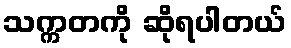
သက္ကတကို ဆိုရပါတယ်